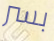
بسر